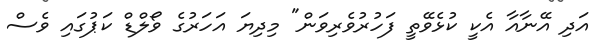
އަދި އޭނާއާ އެކީ ކުޅެވޭތީ ފަހުރުވެރިވަން" މިދިޔަ އަހަރުގެ ވޯލްޑް ކަޕުގައި ވެސް